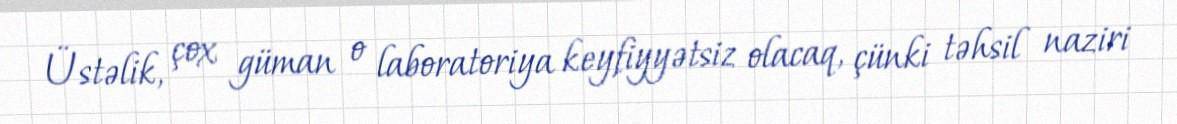
Üstəlik, çox güman o laboratoriya keyfiyyətsiz olacaq, çünki təhsil naziri